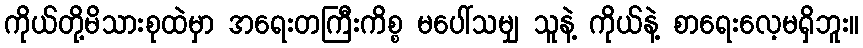
ကိုယ်တို့မိသားစုထဲမှာ အရေးတကြီးကိစ္စ မပေါ်သမျှ သူနဲ့ ကိုယ်နဲ့ စာရေးလေ့မရှိဘူး။